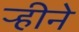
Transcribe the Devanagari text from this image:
ऱ्हीने